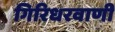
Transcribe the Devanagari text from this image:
गिरिधरवाणी